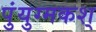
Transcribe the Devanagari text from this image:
पुंयुग्मकश्